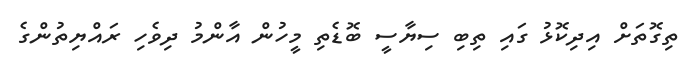
ތިގޮތަށް އިދިކޮޅު ގައި ތިބި ސިޔާސީ ބޮޑެތި މީހުން އާންމު ދިވެހި ރައްޔިތުންގެ